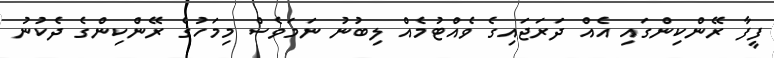
ފީފާ ރޭންކިންގައި އެއް ދަރަޖައިގެ ވެއްޓުމެއް ލިބުނު ނަމަވެސް މިމަހުގެ ރޭންކިންގެ ދެކުނު